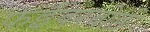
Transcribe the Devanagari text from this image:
फईबरबोर्ड